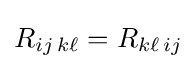
R_{ij\,k\ell }=R_{k\ell \,ij}